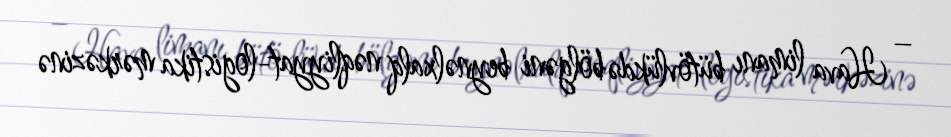
– Hava limanı bütövlükdə bölgəni beynəlxalq nəqliyyat-logistika mərkəzinə